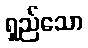
ရှည်သော